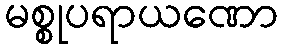
မစ္စုပရာယဏော